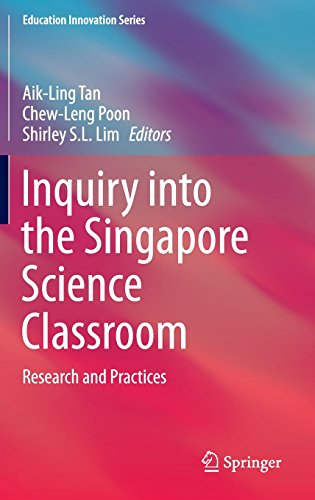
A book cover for Inquiry into the Singapore Science Classroom: Research and Practices (Education Innovation Series); Science & Math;